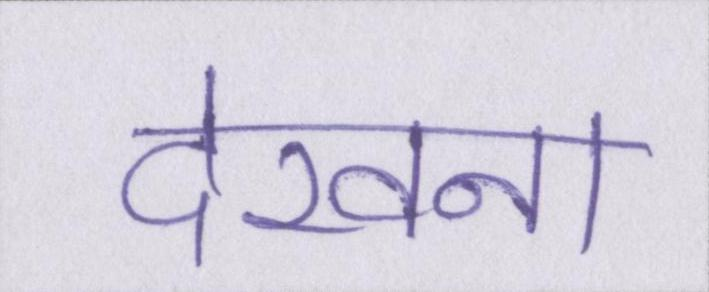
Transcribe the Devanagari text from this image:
देखना